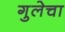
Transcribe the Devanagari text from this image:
गुलेचा